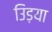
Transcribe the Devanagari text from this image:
उिड़या